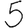
Digit: 5